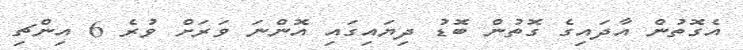
އެގޮތުން އާދައިގެ ގޮތުން ބޮޑު ދިޔައިގައި އޮންނަ ވަރަށް ވުރެ 6 އިންޗި